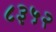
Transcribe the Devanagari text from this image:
८३५२